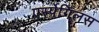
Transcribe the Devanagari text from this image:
एर्स्पेगिलस